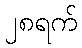
၂၈ရက်